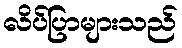
လိပ်ပြာများသည်